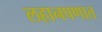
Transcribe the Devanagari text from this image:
लहानपणात